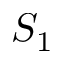
S _ { 1 }